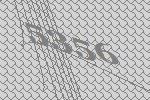
5356